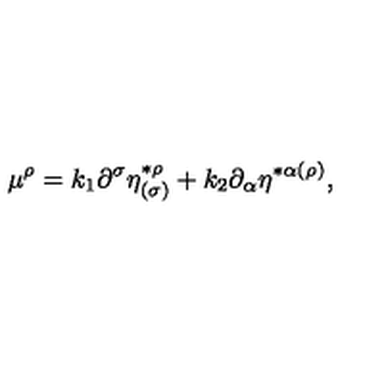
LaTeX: \mu ^ { \rho } = k _ { 1 } \partial ^ { \sigma } \eta _ { ( \sigma ) } ^ { * \rho } + k _ { 2 } \partial _ { \alpha } \eta ^ { * \alpha ( \rho ) } ,